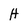
Character: H